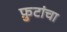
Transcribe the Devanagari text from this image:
फ़ुटांचा